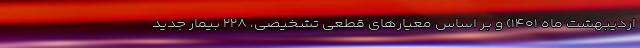
اردیبهشت ماه ۱۴۰۱) و بر اساس معیارهای قطعی تشخیصی، ۲۲۸ بیمار جدید